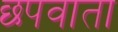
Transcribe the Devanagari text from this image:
छपवाता